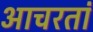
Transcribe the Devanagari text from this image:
आचरतां